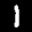
Label: 1